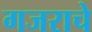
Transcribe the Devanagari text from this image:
गजराचे